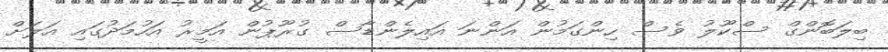
ބިލަބޮންގް ސްކޫލު ވެސް ހިންގަމުން އަންނަ އައިލެންޑާސް ގުރޫޕުން އަމީރު އަހުމަދުގައި އަލަށް